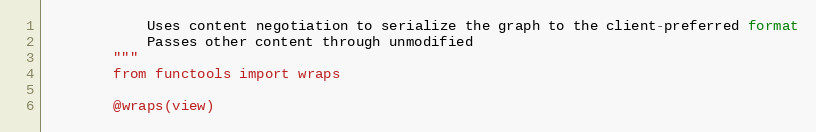
Language: Python
		    Uses content negotiation to serialize the graph to the client-preferred format
		    Passes other content through unmodified
		"""
		from functools import wraps

		@wraps(view)